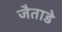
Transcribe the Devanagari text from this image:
जैताडे